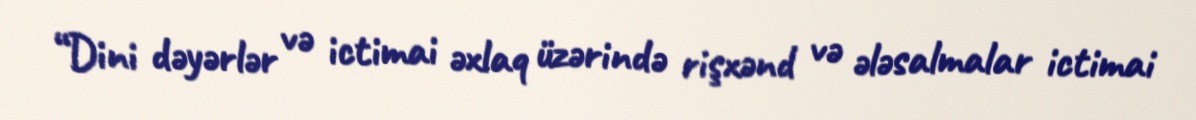
“Dini dəyərlər və ictimai əxlaq üzərində rişxənd və ələsalmalar ictimai